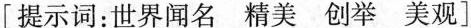
[提示词：世界闻名精美创举美观] 这样